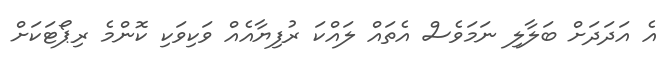
އެ އަދަދަށް ބަލާލި ނަމަވެސް އެތައް ލައްކަ ރުފިޔާއެއް ވަކިވަކި ކޮންމެ ރިޕޯޓަކަށް